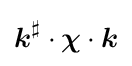
{\boldsymbol {k}}^{\sharp }\cdot {\boldsymbol {\chi }}\cdot {\boldsymbol {k}}